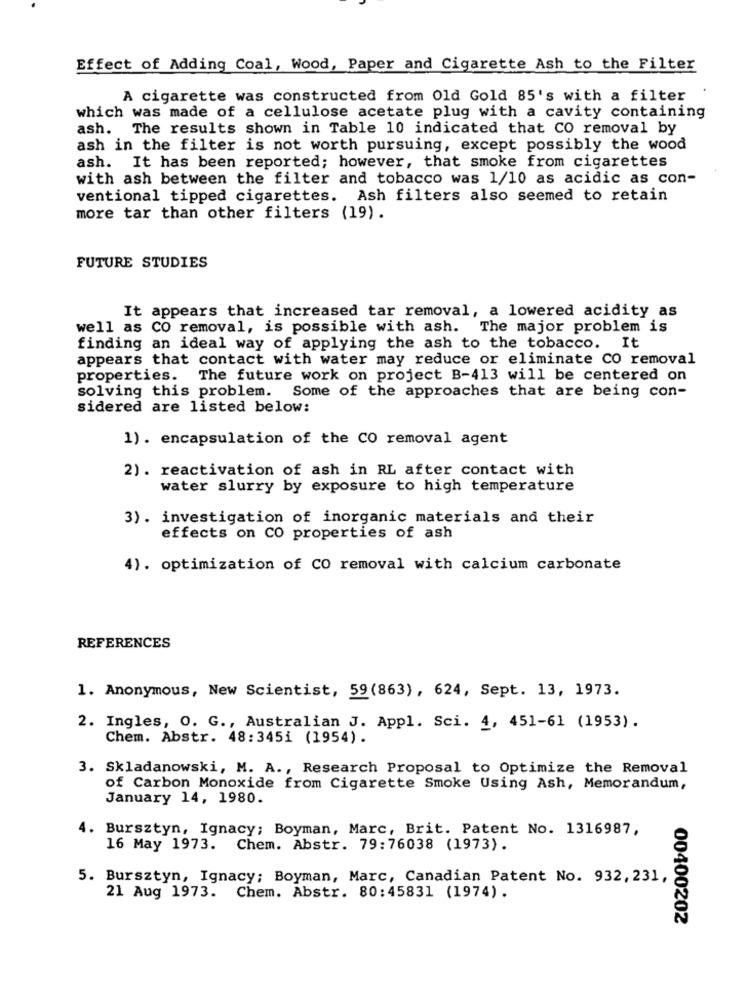
Effect of Adding Coal, Wood, Paper and Cigarette Ash to the Filter
A cigarette was constructed from Old Gold 85's with a filter
which was made of a cellulose acetate plug with a cavity containing
ash. The results shown in Table 10 indicated that CO removal by
ash in the filter is not worth pursuing, except possibly the wood
ash. It has been reported; however, that smoke from cigarettes
with ash between the filter and tobacco was 1/10 as acidic as con-
ventional tipped cigarettes. Ash filters also seemed to retain
more tar than other filters (19).
FUTURE STUDIES
It appears that increased tar removal, a lowered acidity as
well as CO removal, is possible with ash. The major problem is
finding an ideal way of applying the ash to the tobacco. It
appears that contact with water may reduce or eliminate CO removal
properties. The future work on project B-413 will be centered on
solving this problem. Some of the approaches that are being con-
sidered are listed below:
1). encapsulation of the CO removal agent
2) . reactivation of ash in RL after contact with
water slurry by exposure to high temperature
3). investigation of inorganic materials and their
effects on CO properties of ash
4). optimization of CO removal with calcium carbonate
REFERENCES
1. Anonymous, New Scientist, 59(863), 624, Sept. 13, 1973.
2. Ingles, O. G ., Australian J. Appl. Sci. 4, 451-61 (1953).
Chem. Abstr. 48:345i (1954).
3. Skladanowski, M. A ., Research Proposal to Optimize the Removal
of Carbon Monoxide from Cigarette Smoke Using Ash, Memorandum,
January 14, 1980.
4. Bursztyn, Ignacy; Boyman, Marc, Brit. Patent No. 1316987,
16 May 1973. Chem. Abstr. 79:76038 (1973).
5. Bursztyn, Ignacy; Boyman, Marc, Canadian Patent No. 932, 231,
21 Aug 1973. Chem. Abstr. 80:45831 (1974).
00400202